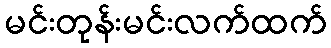
မင်းတုန်းမင်းလက်ထက်